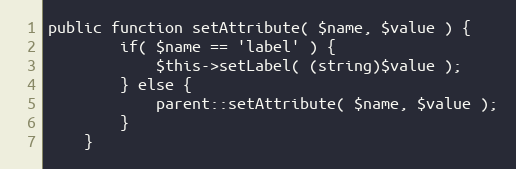
Language: PHP
public function setAttribute( $name, $value ) {
        if( $name == 'label' ) {
            $this->setLabel( (string)$value );
        } else {
            parent::setAttribute( $name, $value );
        }
    }